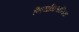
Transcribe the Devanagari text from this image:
निराभिमानिता